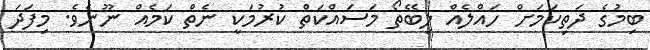
ބިމުގެ ދަތިކަމަށް ހައްލެއް ލިބޭތޯ މަސައްކަތް ކުރުމަކީ ނެތް ކަމެއް ނޫނެވެ. މިފަދަ